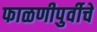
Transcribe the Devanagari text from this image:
फाळणीपुर्वीचे